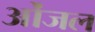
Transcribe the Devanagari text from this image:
ओंजल